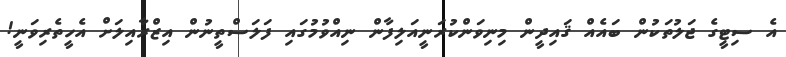
އެ ސިޓީގެ ޖަލުތަކުން ބައެއް ޤައިދީން މިނިވަންކުރަނީއަލިފާން ނިއްވުމުގައި ފަލަސްތީނުން އިޒްރާއިލަށް އެހީތެރިވަނީ!